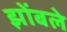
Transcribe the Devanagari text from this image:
झोंबले